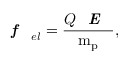
\textbf { \textit { f } } _ { e l } = \frac { Q \textbf { \textit { E } } } { \mathrm { m } _ { \mathrm { p } } } ,